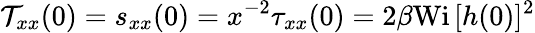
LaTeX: \mathcal{T}_{xx}(0)=s_{xx}(0)=x^{-2}\tau_{xx}(0)=2\beta\textrm{Wi}\, [h(0)]^{2}